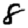
Digit: 8